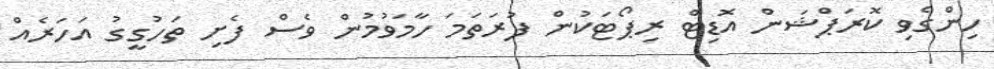
ހިންގެވި ކޮރަޕްޝަން އޮޑިޓް ރިޕޯޓަކުން ފުރަތަމަ ހާމަވުމުން ވެސް ފެށި ތަހުގީގު އަހަރެއް